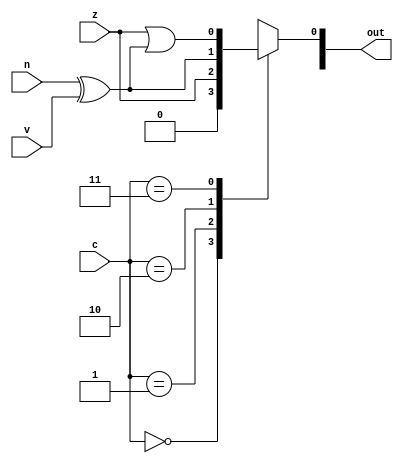
/*
   This file was generated automatically by the Mojo IDE version B1.3.2.
   Do not edit this file directly. Instead edit the original Lucid source.
   This is a temporary file and any changes made to it will be destroyed.
*/

module comp_12 (
    input z,
    input v,
    input n,
    input [1:0] c,
    output reg [7:0] out
  );
  
  
  
  always @* begin
    
    case (c[0+1-:2])
      1'h0: begin
        out[0+0-:1] = 1'h0;
      end
      1'h1: begin
        out[0+0-:1] = z;
      end
      2'h2: begin
        out[0+0-:1] = n ^ v;
      end
      2'h3: begin
        out[0+0-:1] = z | (n ^ v);
      end
      default: begin
        out[0+0-:1] = 1'h0;
      end
    endcase
  end
endmodule